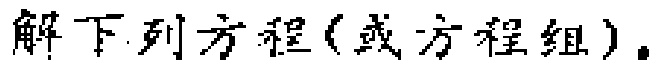
解下列方程(或方程组)。